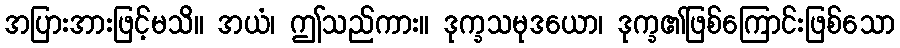
အပြားအားဖြင့်မသိ။ အယံ၊ ဤသည်ကား။ ဒုက္ခသမုဒယော၊ ဒုက္ခ၏ဖြစ်ကြောင်းဖြစ်သော